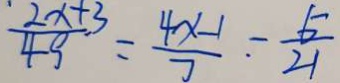
\frac { 2 x + 3 } { 4 9 } = \frac { 4 x - 1 } { 7 } - \frac { 5 } { 2 1 }